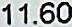
11.60